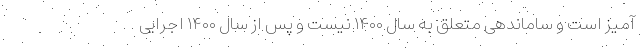
آمیز است و ساماندهی متعلق به سال ۱۴۰۰ نیست و پس از سال ۱۴۰۰ اجرایی